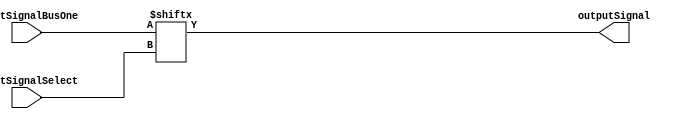
/**************************************************************************************************
*                  <2019> Interceptor
*          Please refer to license.txt for the 
*          legal contents of this software build
***************************************************************************************************
*Project:          Verilog Modules
*Description:      This file takes two inputs, one bus and one select to select a bus output
***************************************************************************************************
*Change History:
*   Version        Date            Author          Description
*   -------        ----            ------          -----------
*   1.0            29/01/18        Rubber-Duck-999 Creation of file
*
***************************************************************************************************
*Logic table:
*   Input 1  |     Select    |    Output
*   -----    |     -----     |    ------
*   0001     |     00        |    1
*   0010     |     01        |    1
*   0100     |     10        |    1
*   1000     |     11        |    1
*
***************************************************************************************************
*Parameters:
*   Name              Direction       Description
*   ----              ---------       ----
*   inputSignalBusOne Input           This is the first input signal
*   inputSignalThree  Input           This is the third input signal
*   outputSignal      Output          This is the output boolean signal 
*
***************************************************************************************************/
module MUX4_1
(
    inputSignalBusOne,
	inputSignalSelect,
    outputSignal
);

input  [3:0]  inputSignalBusOne;
input  [1:0]  inputSignalSelect;

output        outputSignal;

assign outputSignal = inputSignalBusOne[inputSignalSelect];

endmodule